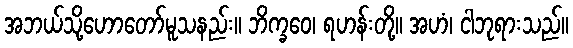
အဘယ်သို့ဟောတော်မူသနည်း။ ဘိက္ခဝေ၊ ရဟန်းတို့။ အဟံ၊ ငါဘုရားသည်။